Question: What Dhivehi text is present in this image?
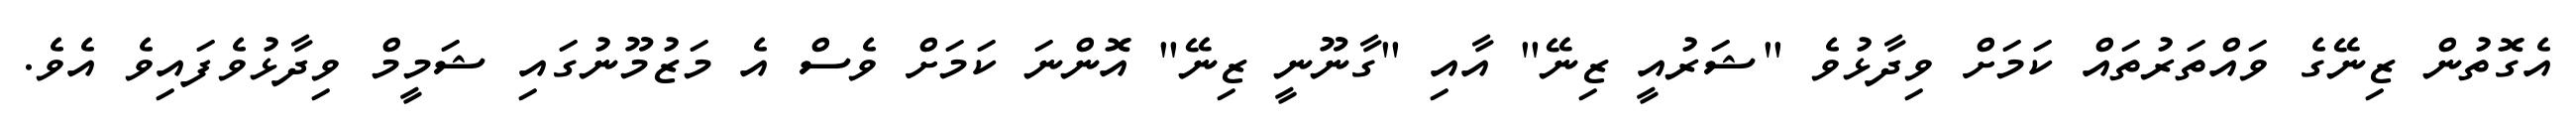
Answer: އެގޮތުން ޒިނޭގެ ވައްތަރުތައް ކަމަށް ވިދާޅުވެ "ޝަރުއީ ޒިނޭ" އާއި "ގާނޫނީ ޒިނޭ" އޮންނަ ކަމަށް ވެސް އެ މަޒުމޫނުގައި ޝަމީމް ވިދާޅުވެފައިވެ އެވެ.